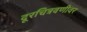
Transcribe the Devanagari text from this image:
दूरचित्रवणीवर